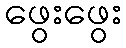
ဖွေးဖွေး